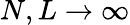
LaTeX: N,L\to\infty